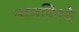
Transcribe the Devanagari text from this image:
नामविश्वे